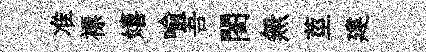
准褾嬉喻吾閤無莖建